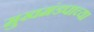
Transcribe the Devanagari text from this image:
मुखमंडपाच्या